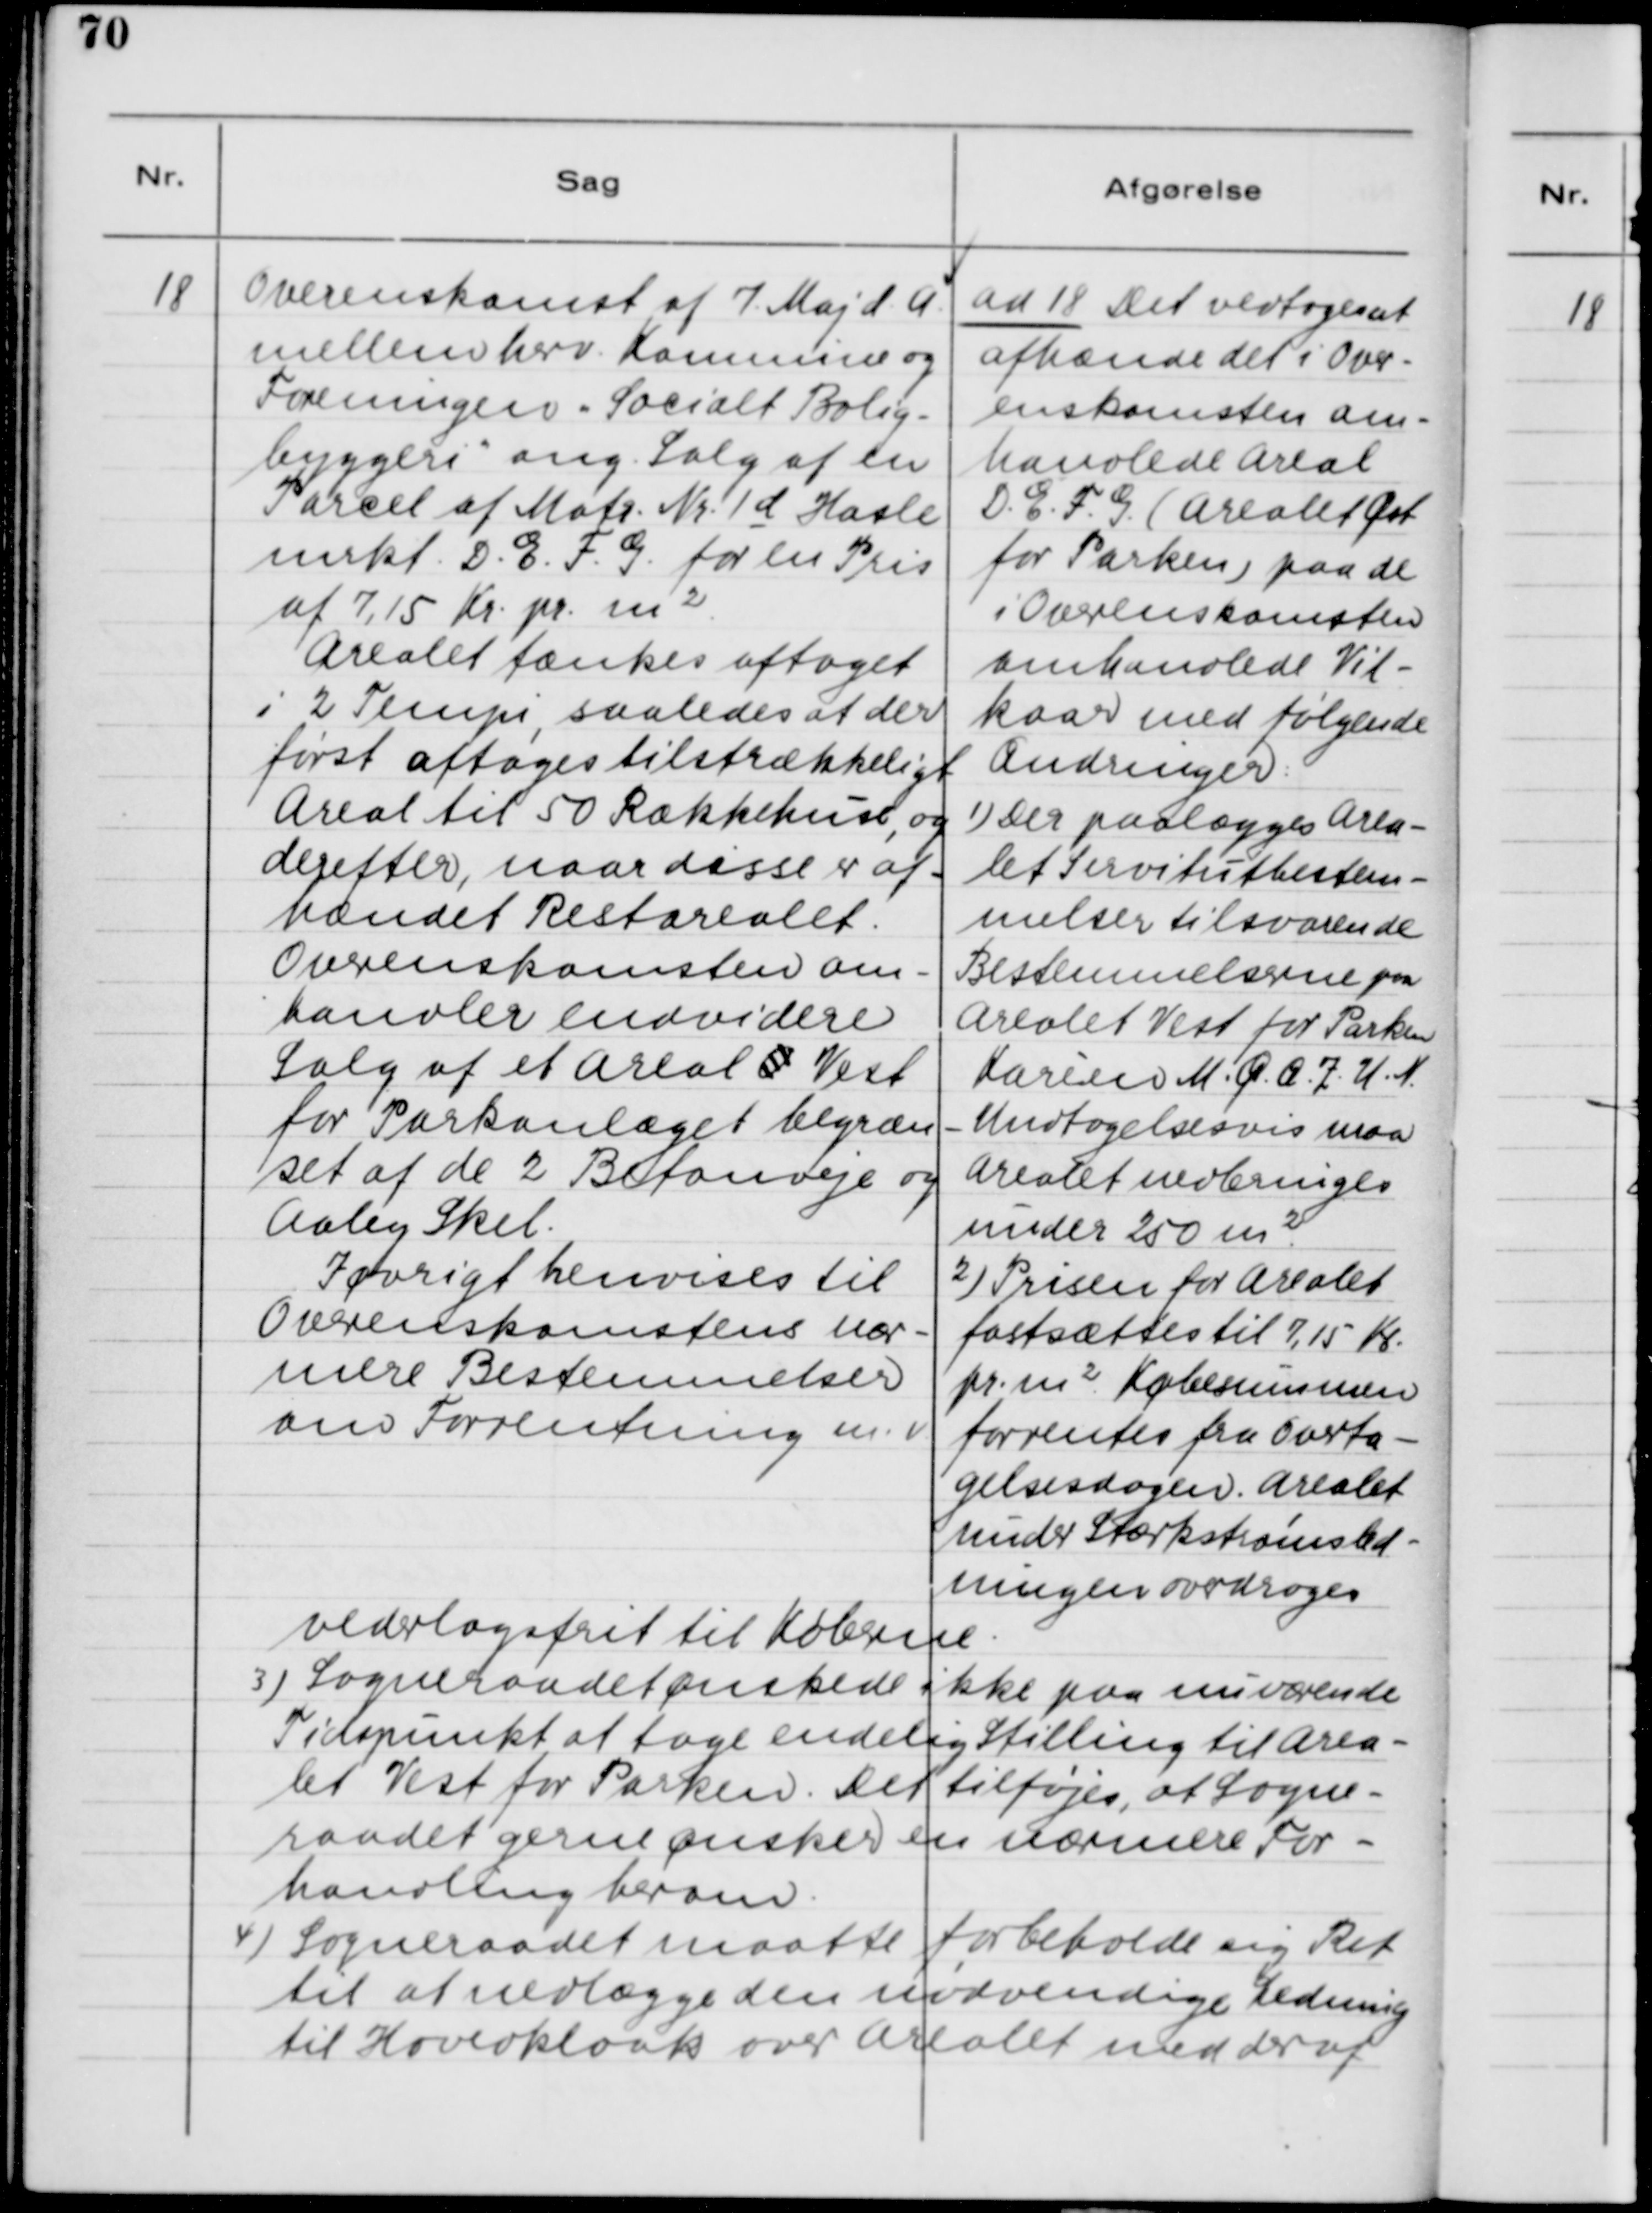
Transskription:
18. Overenskomst af 7. Maj d.A.
mellem herv. Kommune og
Foreningen Socialt Bolig-
byggeri ang. Salg af en
Parcel af Matr. Nr. 1d Hasle
mrkt. D.E.F.G. for en Pris
af 7.15 Kr. pr. m2.
Arealet tænkes aftaget
i 2 Tempi, saaledes at der
først aftages tilstrækkeligt
Areal til 50 Rækkehuse og
derefter, naar disse er af-
hændet Restarealet.
Overenskomsten om-
handler endvidere
Salg af et Areal O Vest
for Parkanlæget begræn-
set af de 2 Betonveje og
Aaby Skel.
Iøvrigt henvises til
Overenskomstens nær-
mere Bestemmelser
om Forretning m.v.

ad 18. Det vedtoges at
afhænde det i Over-
enskomsten om-
handlede Areal
D. E. F. G. (Arealet Øst
for Parken) paa de
i Overenskomsten
omhandlede Vil-
kaar med følgende
Ændringer:
1) Der paalægges Area-
let Servitutbestem-
melser tilsvarende
Bestemmelser paa
Arealet Vest for Parken
Karièen M. Q. O. Z. U. N.
Undtagelsesvis maa
Arealet nedbringes
under 250 m2.
2) Prisen for Arealet
fastsættes til 7.15 Kr.
pr. m2. Købesummen
forrentes fra Overta-
gelsesdagen. Arealet
under Stærkstrømsled-
ningen overdrages
vederlagsfrit til Køberne.
3) Sogneraadet ønskede ikke paa nuværende
Tidspunkt at tage endelig Stilling til Area-
let Vest for Parken. Det tilføjes, at Sogne-
raadet gerne ønsker en nærmere For-
handling herom.
4) Sogneraadet maatte forbeholde sig Ret
til at nedlægge den nødvendige Ledning
til Hovedkloak over Arealet med deraf